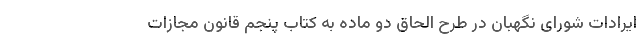
ایرادات شورای نگهبان در طرح الحاق دو ماده به کتاب پنجم قانون مجازات